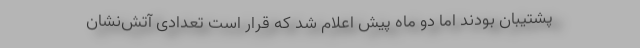
پشتیبان بودند اما دو ماه پیش اعلام شد که قرار است تعدادی آتش‌نشان